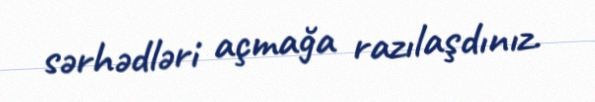
sərhədləri açmağa razılaşdınız.